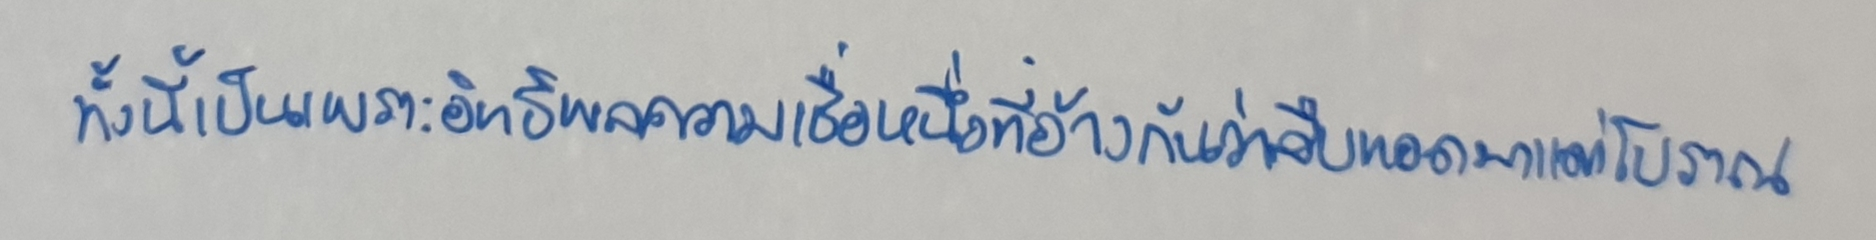
ทั้งนี้เป็นเพราะอิทธิพลความเชื่อหนึ่งที่อ้างกันว่าสืบทอดมาแต่โบราณ